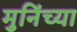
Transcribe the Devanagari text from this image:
मुनिंच्या